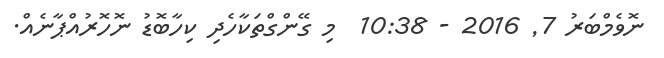
ނޮވެމްބަރު 7